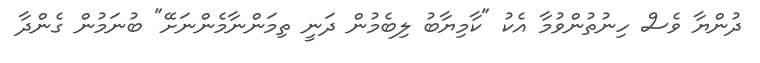
ދުންޔާ ވެސް ހިނުތުންވުމާ އެކު "ކާމިޔާބު ލިބެމުން ދަނީ ތިމަންނާމެންނަށޭ" ބުނަމުން ގެންދާ